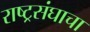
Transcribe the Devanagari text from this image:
राष्ट्रसंघाचा